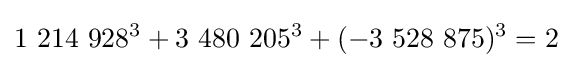
1\ 214\ 928^{3}+3\ 480\ 205^{3}+(-3\ 528\ 875)^{3}=2